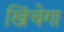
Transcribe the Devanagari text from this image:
खिंचेगा